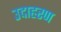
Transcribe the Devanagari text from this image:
उदाहरण